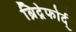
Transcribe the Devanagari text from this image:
ब्रिद्गेफोर्द्